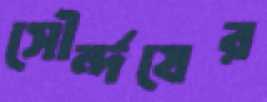
সৌর্ন্দযের